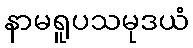
နာမရူပသမုဒယံ